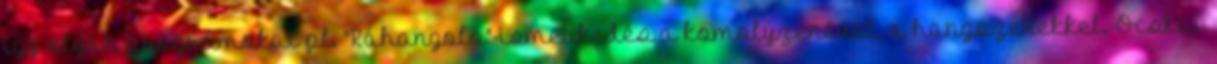
így olyan programokat pl. "Ráhangoló"-ismerkedés a komolyzenével, a hangszerekkel.-Ocskai